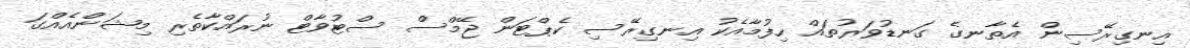
އިނގިރޭސިން އެތާނގެ ގަނޑުވަރުތައް ހިފުމާއެކު އިނގިރޭސި ކެޕްޓަން ޖޭމްސް ސްޓުވާޓް ނުރައްކާތެރި މިޝަންއެއްގަ